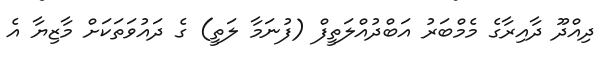
ދިއްދޫ ދާއިރާގެ މެމްބަރު އަބްދުއްލަތީފް (ފުނަމާ ލަތީ) ގެ ދައުވަތަކަށް މާޒިޔާ އެ